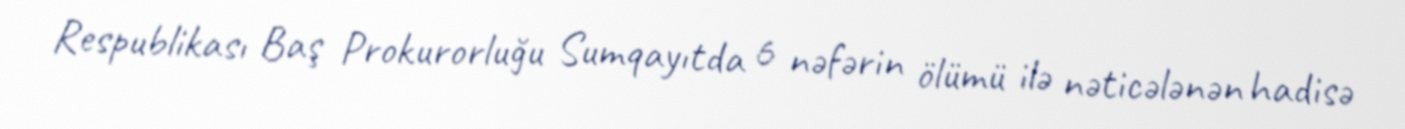
Respublikası Baş Prokurorluğu Sumqayıtda 6 nəfərin ölümü ilə nəticələnən hadisə